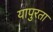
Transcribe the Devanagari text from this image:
यापुरता